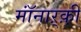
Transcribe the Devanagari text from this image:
मॉंनाऱ्क़़ी